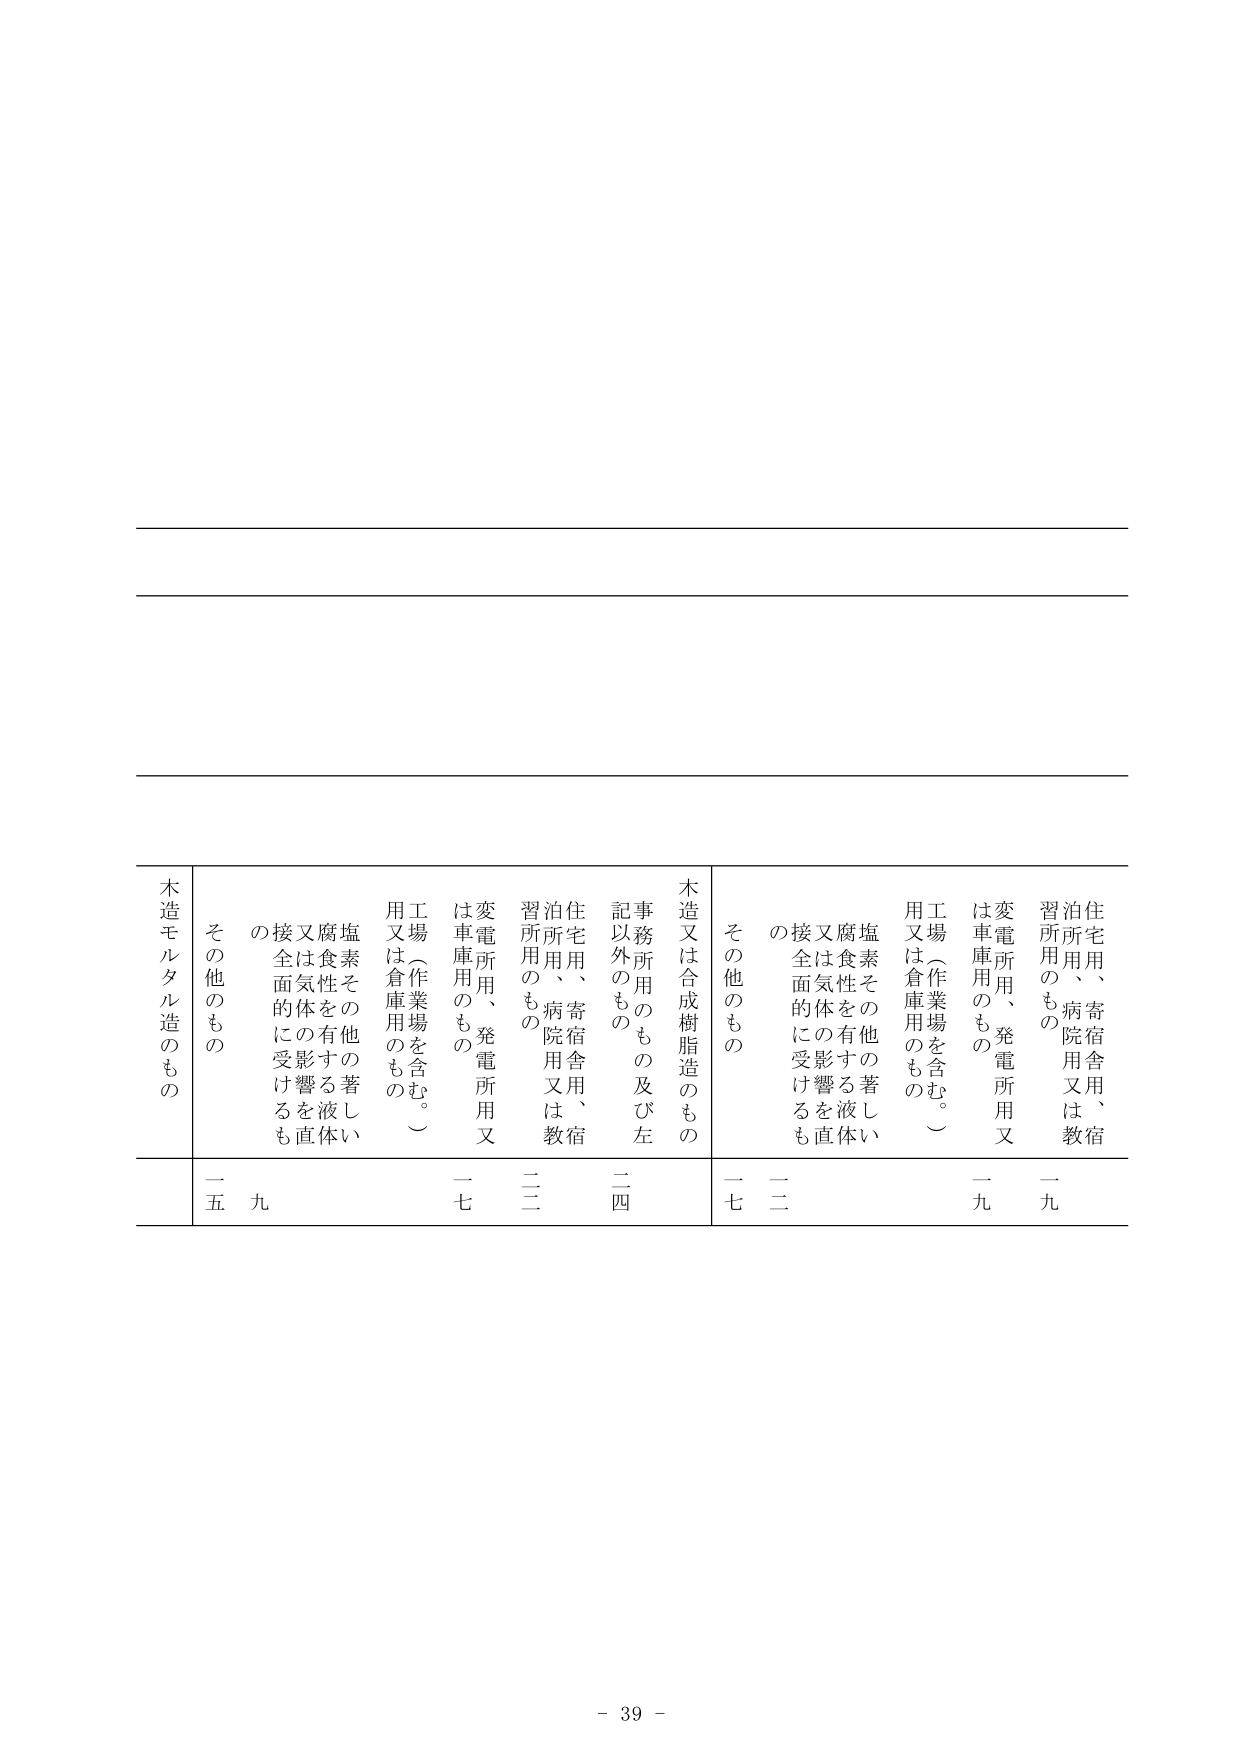
木造又は合成樹脂造のもの
事務所用のもの及び左記以外のもの
住宅用、寄宿舎用、病院用又は教習所用のもの
変電所用、発電所用又は車庫用のもの
工場（作業場を含む。）用又は倉庫用のもの
塩素その他の著しい腐食性を有する液体又は気体の影響を直接受けるもの
その他のもの

木造モルタル造のもの
その他のもの
住宅用、寄宿舎用、病院用又は教習所用のもの
変電所用、発電所用又は車庫用のもの
工場（作業場を含む。）用又は倉庫用のもの
塩素その他の著しい腐食性を有する液体又は気体の影響を直接受けるもの
その他のもの

二四
二二
一九
一七
一九
二二
一五

- 39 -